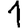
Digit: 1